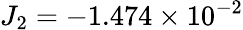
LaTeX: J_{2}=-1.474\times 10^{-2}